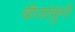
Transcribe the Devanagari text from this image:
बीजांकुरों